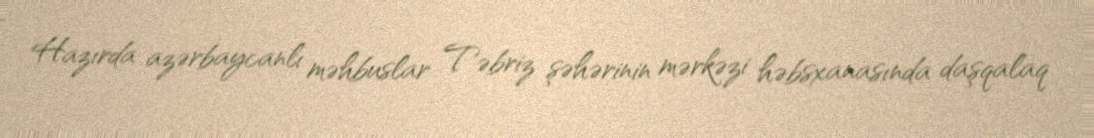
Hazırda azərbaycanlı məhbuslar Təbriz şəhərinin mərkəzi həbsxanasında daşqalaq